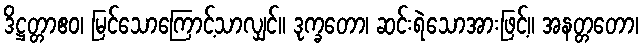
ဒိဋ္ဌတ္တာဧဝ၊ မြင်သောကြောင့်သာလျှင်။ ဒုက္ခတော၊ ဆင်းရဲသောအားဖြင့်။ အနတ္တတော၊